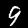
Digit: 9